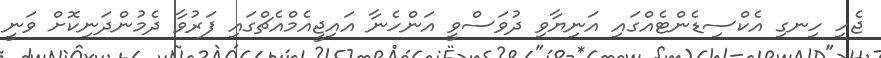
ޖެހި ހިނގި އެކްސިޑެންޓެއްގައި އަނިޔާވި ދުވަސްވީ އަންހެނާ އައިޖީއެމްއެޗްގައި ފަރުވާ ދެމުންދަނިކޮށް ވަނީ